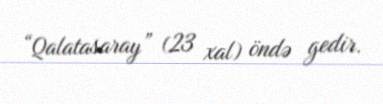
“Qalatasaray” (23 xal) öndə gedir.